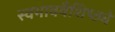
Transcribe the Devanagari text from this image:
स्वभाववैशिष्ठ्ये